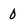
Character: 0